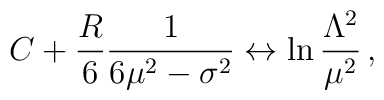
C+\frac{R}{6}\frac{1}{6\mu^{2}-\sigma^{2}}     \leftrightarrow \ln \frac{\Lambda^{2}}{\mu^{2}}\, ,